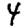
Digit: 4